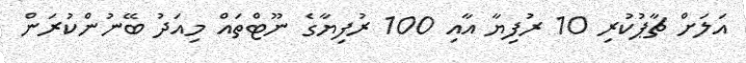
އަލަށް ޗާޕުކުރި 10 ރުފިޔާ އާއި 100 ރުފިޔާގެ ނޫޓްތައް މިއަދު ބޭނުންކުރަން